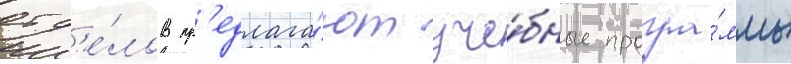
отд'е́лов пр'едлага́ют уче́бные програ́ммы